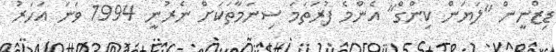
ޑިޒްނީން "ލަޔަން ކިންގް" އެންމެ ފުރަތަމަ ސިނަމާތަކަށް ނެރުނީ 1994 ވަނަ އަހަރު